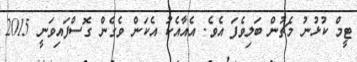
ޓީމް ކުޅުނު މެޗުން ބަލިވެފަ އެވެ. އެއާއެކު އެކަން ވެގެން ގޮސްފައިވަނީ 2015